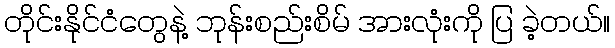
တိုင်းနိုင်ငံတွေနဲ့ ဘုန်းစည်းစိမ် အားလုံးကို ပြ ခဲ့တယ်။